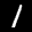
Label: 1